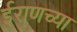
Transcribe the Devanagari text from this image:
ईराणच्या